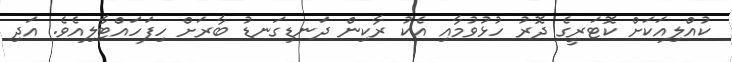
ކުއްލިއަކަށް ކޮޓަރީގެ ދޮރު ހުޅުވުމާއި އެކު ރާކިން ދަނޑިގަނޑު ބާރަށް ހިފަހައްޓާލިއެވެ. އަދި